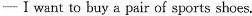
—Ⅰwant to buy a pair of sports shoes.